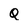
Character: Q